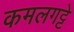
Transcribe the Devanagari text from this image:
कमलगट्टे